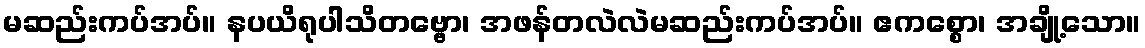
မဆည်းကပ်အပ်။ နပယိရုပါသိတဗ္ဗော၊ အဖန်တလဲလဲမဆည်းကပ်အပ်။ ဧကစ္စော၊ အချို့သော။